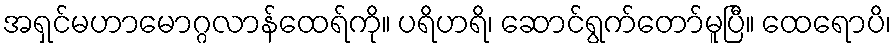
အရှင်မဟာမောဂ္ဂလာန်ထေရ်ကို။ ပရိဟရိ၊ ဆောင်ရွက်တော်မူပြီ။ ထေရောပိ၊